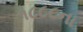
૧૮૮૮ના